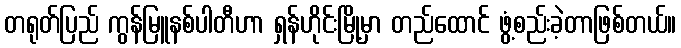
တရုတ်ပြည် ကွန်မြူနစ်ပါတီဟာ ရှန်ဟိုင်းမြို့မှာ တည်ထောင် ဖွံ့စည်းခဲ့တာဖြစ်တယ်။